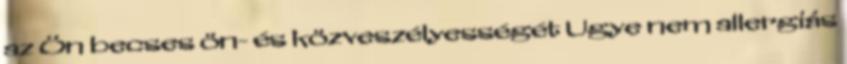
az Ön becses ön- és közveszélyességét Ugye nem allergiás